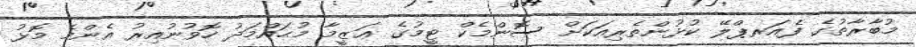
މުބާރާތުގެ ފެއަރޕްލޭ ކުޅުންތެރިއަކަށް ސޮންމެކް ޓީމުގެ ޢަޒީމާ މުޙައްމަދު ހޮވުނުއިރު އެންމެ މޮޅު